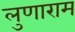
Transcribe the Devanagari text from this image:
लुणाराम